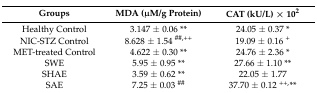
<table><thead><tr><td><b>Groups</b></td><td><b>MDA (μM/g Protein)</b></td><td><b>CAT (kU/L) × 10<sup>2</sup></b></td></tr></thead><tbody><tr><td>Healthy Control</td><td>3.147 ± 0.06 **</td><td>24.05 ± 0.37 *</td></tr><tr><td>NIC-STZ Control</td><td>8.628 ± 1.54 <sup>##,++</sup></td><td>19.09 ± 0.16 <sup>+</sup></td></tr><tr><td>MET-treated Control</td><td>4.622 ± 0.30 **</td><td>24.76 ± 2.36 *</td></tr><tr><td>SWE</td><td>5.95 ± 0.95 **</td><td>27.66 ± 1.10 **</td></tr><tr><td>SHAE</td><td>3.59 ± 0.62 **</td><td>22.05 ± 1.77</td></tr><tr><td>SAE</td><td>7.25 ± 0.03 <sup>##</sup></td><td>37.70 ± 0.12 <sup>++,</sup>**</td></tr></tbody></table>